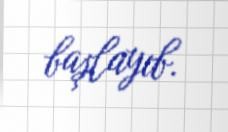
başlayıb.